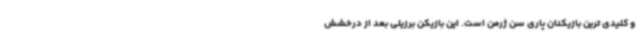
و کلیدی ترین بازیکنان پاری سن ژرمن است. این بازیکن برزیلی بعد از درخشش